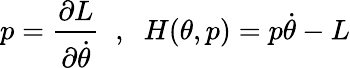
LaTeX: p=\frac{\partial L}{\partial\dot{\theta}}\; \; ,\; \; H(\theta,p)=p\dot{\theta}-L